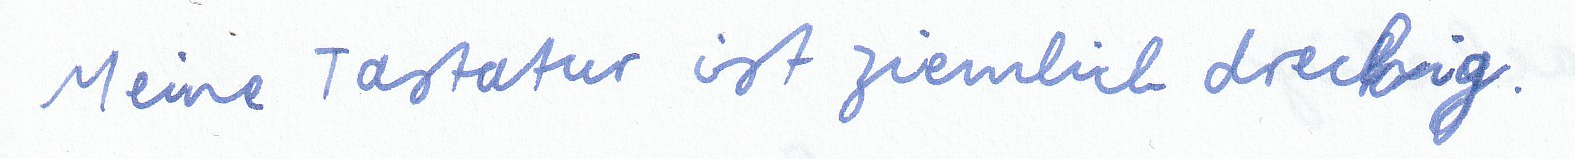
Meine Tastatur ist ziemlich dreckig.